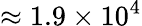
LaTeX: \approx 1.9\times 10^{4}